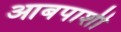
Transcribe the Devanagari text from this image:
आबपाशी